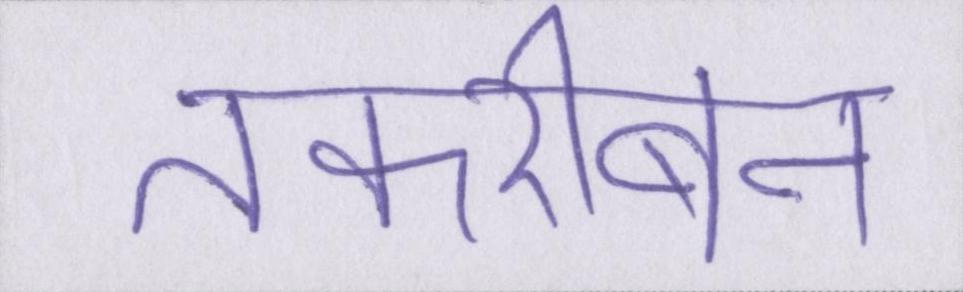
तकरीबन